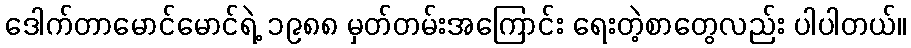
ဒေါက်တာမောင်မောင်ရဲ့ ၁၉၈၈ မှတ်တမ်းအကြောင်း ရေးတဲ့စာတွေလည်း ပါပါတယ်။